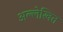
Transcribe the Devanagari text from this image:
अल्लेखित